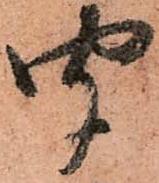
聞